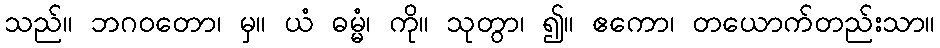
သည်။ ဘဂဝတော၊ မှ။ ယံ ဓမ္မံ၊ ကို။ သုတွာ၊ ၍။ ဧကော၊ တယောက်တည်းသာ။